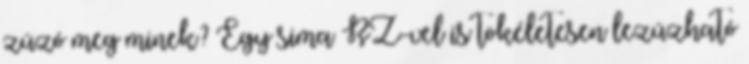
zúzó meg minek? Egy sima RZ-vel is tökéletesen lezúzható